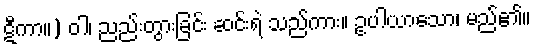
ဋီကာ။) ဝါ၊ ညည်းတွားခြင်း ဆင်းရဲ သည်ကား။ ဥပါယာသော၊ မည်၏။